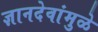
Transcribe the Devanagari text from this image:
ज्ञानदेवांमुळे